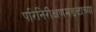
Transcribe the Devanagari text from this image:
परिनिरीक्षणमंडळाच्या